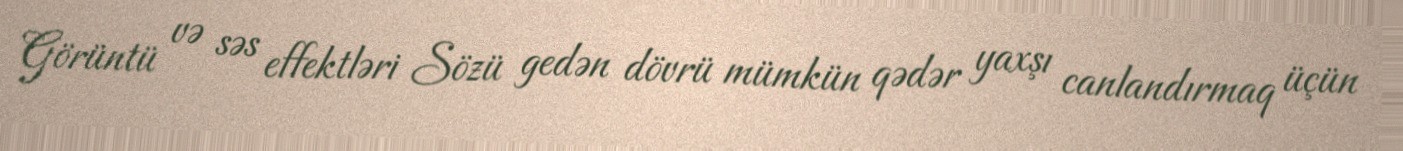
Görüntü və səs effektləri Sözü gedən dövrü mümkün qədər yaxşı canlandırmaq üçün